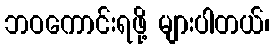
ဘဝကောင်းရဖို့ များပါတယ်၊